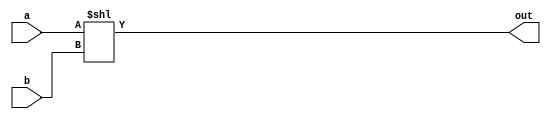
module sll(a,b,out);
input [31:0]a,b;
output reg [31:0] out;
always @*
out=a<<b;
endmodule